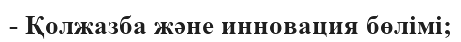
- Қолжазба және инновация бөлімі;